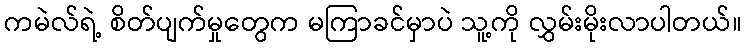
ကမဲလ်ရဲ့ စိတ်ပျက်မှုတွေက မကြာခင်မှာပဲ သူ့ကို လွှမ်းမိုးလာပါတယ်။